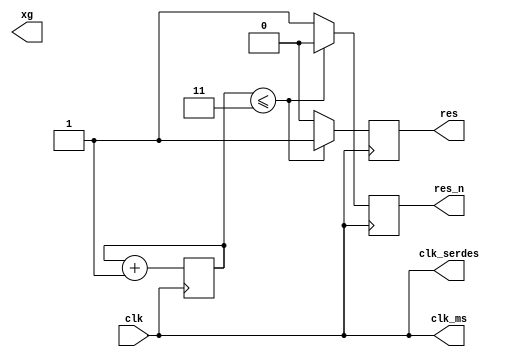
`timescale 1ns / 1ps

//Number generator to test FIFO with serializer
//or deserializer
module num_gen(
    input clk,
    output clk_ms,
    output clk_serdes,
//    output reg [7:0] data,
//    output reg wr_en,
//    output reg rd_en,
    output xg,
    output reg res,
    output reg res_n
    
//    output reg res_n2=0,
//    output wire [28:0] clks_o
);  

   // for different clock generation 
   // in future
    assign clk_ms = clk;
    assign clk_serdes = clk;    
    reg [10:0] i = 0;

   // Reset flag generation
   // positive and negative    
    always @(posedge clk)
    begin
        if (i <= 3) begin
            res_n <= 0;
            res <= 1;
        end
        else begin
            res_n <= 1;
            res <= 0;
        end
        i <= i + 1;                    
    end
//(* mark_debug = "true" *)reg [30:0] chkr=0;
//(* mark_debug = "true" *)reg clk_0 = 0;
//(* mark_debug = "true" *)reg clk_1 = 0;
//(* mark_debug = "true" *)reg clk_2 = 0;
//(* mark_debug = "true" *)reg clk_3 = 0;
//(* mark_debug = "true" *)reg clk_4 = 0;
//(* mark_debug = "true" *)reg clk_5 = 0;
//(* mark_debug = "true" *)reg clk_6 = 0;
//(* mark_debug = "true" *)reg clk_7 = 0;
//(* mark_debug = "true" *)reg clk_8 = 0;
//(* mark_debug = "true" *)reg clk_9 = 0;
//(* mark_debug = "true" *)reg clk_10 = 0;
//(* mark_debug = "true" *)reg clk_11 = 0;
//(* mark_debug = "true" *)reg clk_12 = 0;
//(* mark_debug = "true" *)reg clk_13 = 0;
//(* mark_debug = "true" *)reg clk_14 = 0;
//(* mark_debug = "true" *)reg clk_15 = 0;
//(* mark_debug = "true" *)reg clk_16 = 0;
//(* mark_debug = "true" *)reg clk_17 = 0;
//(* mark_debug = "true" *)reg clk_18 = 0;
//(* mark_debug = "true" *)reg clk_19 = 0;
//(* mark_debug = "true" *)reg clk_20 = 0;
//(* mark_debug = "true" *)reg clk_21 = 0;
//(* mark_debug = "true" *)reg clk_22 = 0;
//(* mark_debug = "true" *)reg clk_23 = 0;
//(* mark_debug = "true" *)reg clk_24 = 0;
//(* mark_debug = "true" *)reg clk_25 = 0;
//(* mark_debug = "true" *)reg clk_26 = 0;
//(* mark_debug = "true" *)reg clk_27 = 0;
//(* mark_debug = "true" *)reg clk_28 = 0;

//assign clks_o[0] = clk_0;
//assign clks_o[1] = clk_1;
//assign clks_o[2] = clk_2;
//assign clks_o[3] = clk_3;
//assign clks_o[4] = clk_4;
//assign clks_o[5] = clk_5;
//assign clks_o[6] = clk_6;
//assign clks_o[7] = clk_7;
//assign clks_o[8] = clk_8;
//assign clks_o[9] = clk_9;
//assign clks_o[10] = clk_10;
//assign clks_o[11] = clk_11;
//assign clks_o[12] = clk_12;
//assign clks_o[13] = clk_13;
//assign clks_o[14] = clk_14;
//assign clks_o[15] = clk_15;
//assign clks_o[16] = clk_16;
//assign clks_o[17] = clk_17;
//assign clks_o[18] = clk_18;
//assign clks_o[19] = clk_19;
//assign clks_o[20] = clk_20;
//assign clks_o[21] = clk_21;
//assign clks_o[22] = clk_22;
//assign clks_o[23] = clk_23;
//assign clks_o[24] = clk_24;
//assign clks_o[25] = clk_25;
//assign clks_o[26] = clk_26;
//assign clks_o[27] = clk_27;
//assign clks_o[28] = clk_28;

//always @(posedge clk) 
//begin
//    if ((chkr % 2) == 0) clk_0 <= ~clk_0;
//    if ((chkr % 3) == 0) clk_1 <= ~clk_1;
//    if ((chkr % 4) == 0) clk_2 <= ~clk_2;
//    if ((chkr % 5) == 0) clk_3 <= ~clk_3;
//    if ((chkr % 6) == 0) clk_4 <= ~clk_4;
//    if ((chkr % 7) == 0) clk_5 <= ~clk_5;
//    if ((chkr % 8) == 0) clk_6 <= ~clk_6;
//    if ((chkr % 9) == 0) clk_7 <= ~clk_7;
//    if ((chkr % 10) == 0) clk_8 <= ~clk_8;
//    if ((chkr % 11) == 0) clk_9 <= ~clk_9;
//    if ((chkr % 12) == 0) clk_10 <= ~clk_10;
//    if ((chkr % 13) == 0) clk_11 <= ~clk_11;
//    if ((chkr % 14) == 0) clk_12 <= ~clk_12;
//    if ((chkr % 15) == 0) clk_13 <= ~clk_13;
//    if ((chkr % 16) == 0) clk_14 <= ~clk_14;
//    if ((chkr % 17) == 0) clk_15 <= ~clk_15;
//    if ((chkr % 18) == 0) clk_16 <= ~clk_16;
//    if ((chkr % 19) == 0) clk_17 <= ~clk_17;
//    if ((chkr % 20) == 0) clk_18 <= ~clk_18;
//    if ((chkr % 21) == 0) clk_19 <= ~clk_19;
//    if ((chkr % 22) == 0) clk_20 <= ~clk_20;
//    if ((chkr % 23) == 0) clk_21 <= ~clk_21;
//    if ((chkr % 24) == 0) clk_22 <= ~clk_22;
//    if ((chkr % 25) == 0) clk_23 <= ~clk_23;
//    if ((chkr % 26) == 0) clk_24 <= ~clk_24;
//    if ((chkr % 27) == 0) clk_25 <= ~clk_25;
//    if ((chkr % 28) == 0) clk_26 <= ~clk_26;
//    if ((chkr % 29) == 0) clk_27 <= ~clk_27;
//    if ((chkr % 30) == 0) clk_28 <= ~clk_28;
//    //if (chkr == 12) chkr <= 0;
//    //else 
//    chkr <= chkr + 1;
//end   
    
endmodule